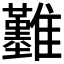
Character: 𩁢